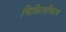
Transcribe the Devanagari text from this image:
चिकित्सीकरण